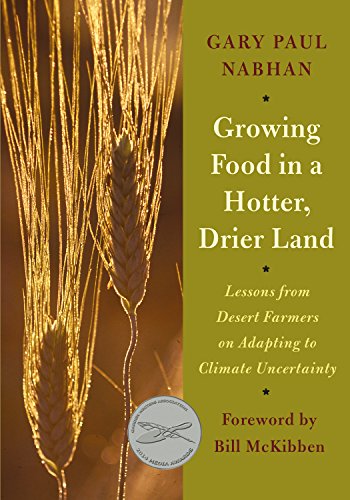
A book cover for Growing Food in a Hotter, Drier Land: Lessons from Desert Farmers on Adapting to Climate Uncertainty; Gary Paul Nabhan; Crafts, Hobbies & Home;